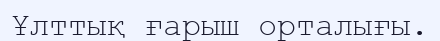
Ұлттық ғарыш орталығы.